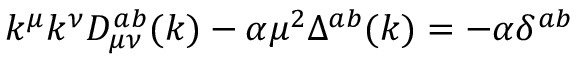
k ^ { \mu } k ^ { \nu } D _ { \mu \nu } ^ { a b } ( k ) - \alpha \mu ^ { 2 } \Delta ^ { a b } ( k ) = - \alpha \delta ^ { a b }